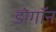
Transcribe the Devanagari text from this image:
डोगॉन